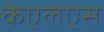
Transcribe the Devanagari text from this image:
केएलएस